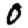
Digit: 0